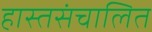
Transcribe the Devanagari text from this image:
हास्तसंचालित